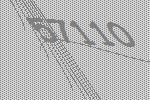
57110